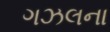
ગઝલના